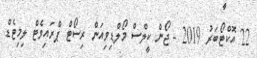
22 އޮކްޓޯބަރު 2019 - ޖޯން ކީލްސް މޯލްޑިވިއަން ރިސޯޓް ޕްރައިވެޓް ލިމިޓެޑް